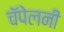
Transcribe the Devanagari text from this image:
चॅपेलनी